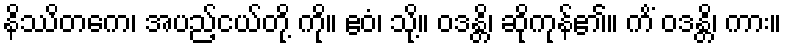
နိဿိတကေ၊ အပည့်ငယ်တို့ ကို။ ဧဝံ၊ သို့။ ဝဒန္တိ၊ ဆိုကုန်၏။ ကိံ ဝဒန္တိ၊ ကား။